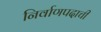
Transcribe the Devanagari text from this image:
निर्वाणपदाची